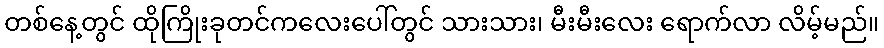
တစ်နေ့တွင် ထိုကြိုးခုတင်ကလေးပေါ်တွင် သားသား၊ မီးမီးလေး ရောက်လာ လိမ့်မည်။